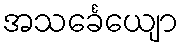
အသင်္ခေယျော